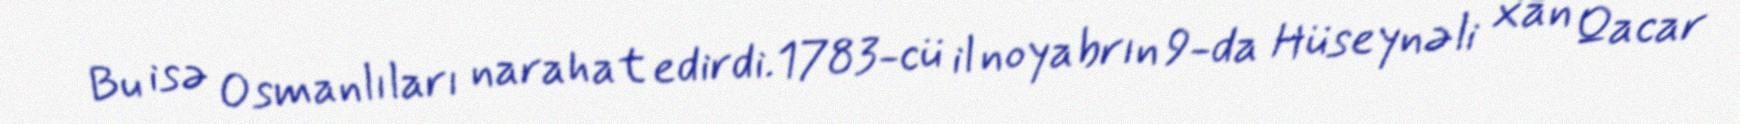
Bu isə Osmanlıları narahat edirdi.1783-cü il noyabrın 9-da Hüseynəli xan Qacar